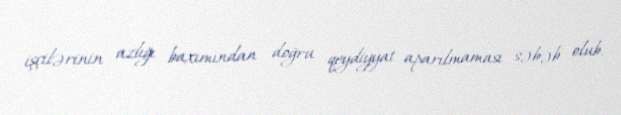
işçilərinin azlığı baxımından doğru qeydiyyat aparılmaması səbəb olub.